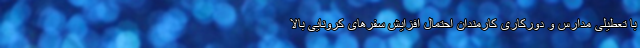
با تعطیلی مدارس و دورکاری کارمندان احتمال افزایش سفر‌های کرونایی بالا